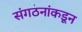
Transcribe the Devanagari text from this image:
संगठनांकडून